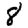
Digit: 8